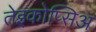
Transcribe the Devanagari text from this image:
तेइकोप्सिअ